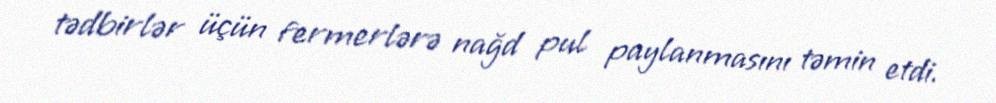
tədbirlər üçün fermerlərə nağd pul paylanmasını təmin etdi.